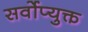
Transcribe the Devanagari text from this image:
सर्वोप्युक्त